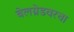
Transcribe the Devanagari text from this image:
बेलग्रेडवरचा